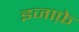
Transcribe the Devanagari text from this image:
इजाफ़े